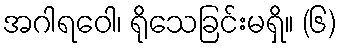
အဂါရဝေါ၊ ရိုသေခြင်းမရှိ။ (၆)